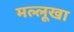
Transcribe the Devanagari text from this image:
मल्लूखा